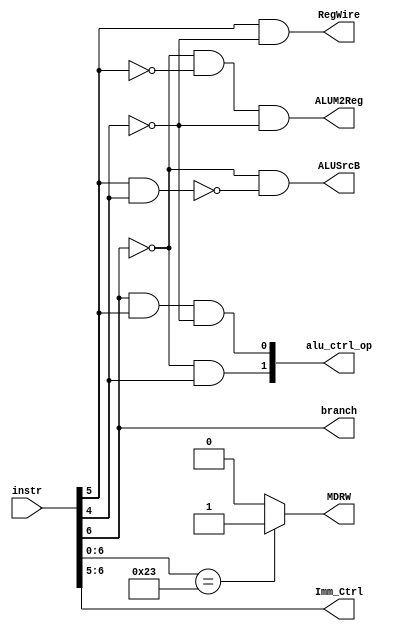
module CU (
    input [31:0] instr,
    output reg ALUSrcB,
    output reg ALUM2Reg,
    output reg MDRW,
    output reg RegWire,
    output reg branch,
    output reg [1:0] alu_ctrl_op,
    output reg [1:0] Imm_Ctrl
);

    wire [6:0] opcode;
    assign opcode = instr[6:0];

    always @(*) begin
        ALUSrcB  = (~opcode[6]) & (~(opcode[5] & opcode[4]));       //ori lw sw
        ALUM2Reg = (~opcode[6]) & (~opcode[5]) & (~opcode[4]);      // lw
        MDRW     = (opcode == 7'b0100011) ? 1 : 0;                  // sw
        RegWire  = (opcode[5]) & (~opcode[4]);                      // 1->
        alu_ctrl_op[0] = opcode[6] & opcode[5] & (~opcode[4]);                    //beq -> *1
        alu_ctrl_op[1] = (~opcode[6]) & (opcode[4]);                               //add sub or and ori -> 10      sw lw -> 00
        Imm_Ctrl = opcode[6:5];
        branch   = opcode[6];
    end
    
endmodule